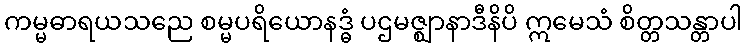
ကမ္မဓာရယသညေ စမ္မပရိယောနဒ္ဓံ ပဌမဇ္ဈာနာဒီနိပိ ဣမေသံ စိတ္တသန္တာပါ